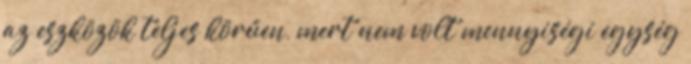
az eszközök teljes körűen, mert nem volt mennyiségi egység